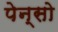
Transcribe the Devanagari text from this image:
पेन्सो